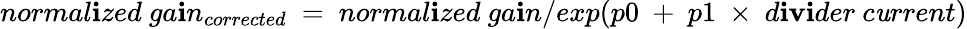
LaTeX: normal\mathbf{i}zed~ga\mathbf{i}n_{corrected}~=~normal\mathbf{i}zed~ga\mathbf{i}n/exp(p0~+~p1~\times~d\mathbf{i}\mathbf{v}\mathbf{i}der~c\mathit{u}rrent)